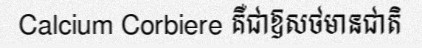
Calcium Corbiere គឺជាឱសថមានជាតិ